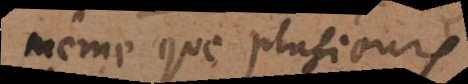
même que plusieurs